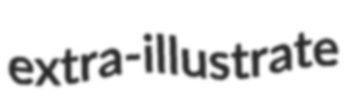
extra-illustrate